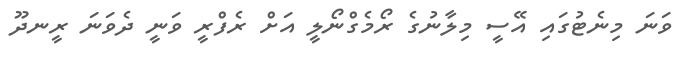
ވަނަ މިނެޓުގައި އޭސީ މިލާނުގެ ރޯމެގްނޯލީ އަށް ރެފްރީ ވަނީ ދެވަނަ ރީނދޫ